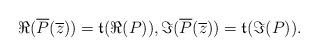
LaTeX: \begin{align*}\Re(\overline{P}(\overline{z}))=\frak{t}(\Re(P)),\Im(\overline{P}(\overline{z}))=\frak{t}(\Im(P)).\end{align*}